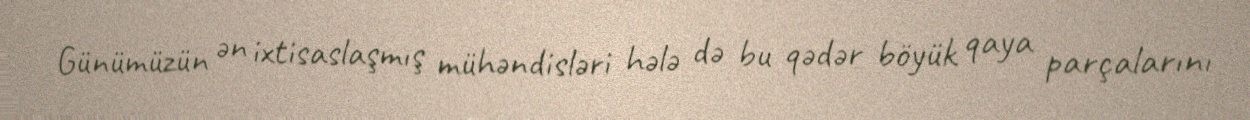
Günümüzün ən ixtisaslaşmış mühəndisləri hələ də bu qədər böyük qaya parçalarını